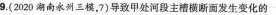
9.(2020湖南永州三模，7)导致甲处河段主槽横断面发生变化的